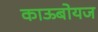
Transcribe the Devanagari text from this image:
काऊबोयज